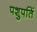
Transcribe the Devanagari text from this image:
पशुपतिं